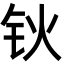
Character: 钬